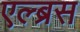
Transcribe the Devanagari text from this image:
एल्ब्रस